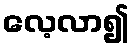
လေ့လာ၍